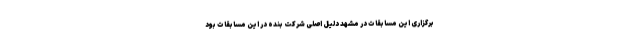
برگزاری این مسابقات در مشهد دلیل اصلی شرکت بنده در این مسابقات بود